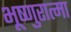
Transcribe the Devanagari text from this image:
भूष्णुरात्मा